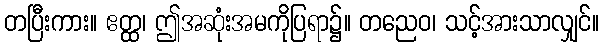
တပြီးကား။ ဧတ္ထ၊ ဤအဆုံးအမကိုပြရာ၌။ တညေဝ၊ သင့်အားသာလျှင်။